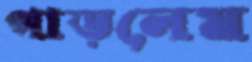
পাড়লেম